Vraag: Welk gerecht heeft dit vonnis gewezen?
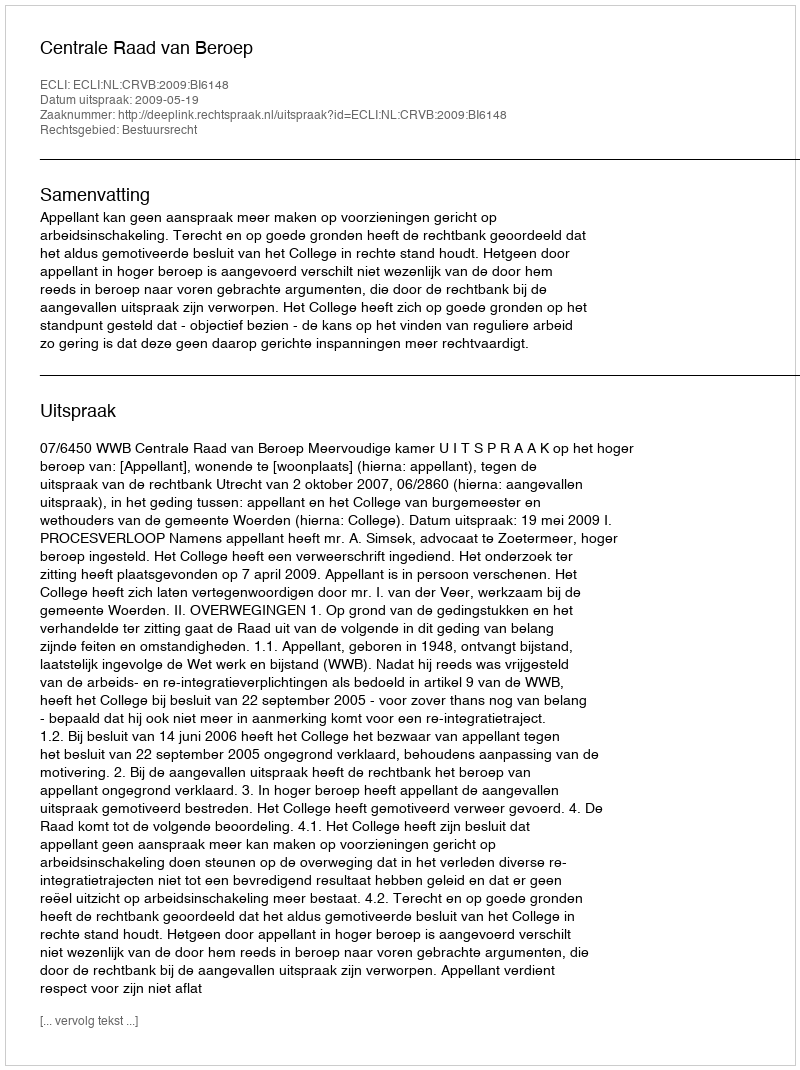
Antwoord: Centrale Raad van Beroep